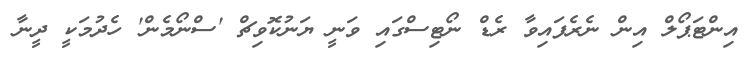
އިންޓަޕޯލް އިން ނެރެފައިވާ ރެޑް ނޯޓިސްގައި ވަނީ ޔަނުކޮވިޗް 'ސްނޯމެން' ހެދުމަކީ ދީނާ